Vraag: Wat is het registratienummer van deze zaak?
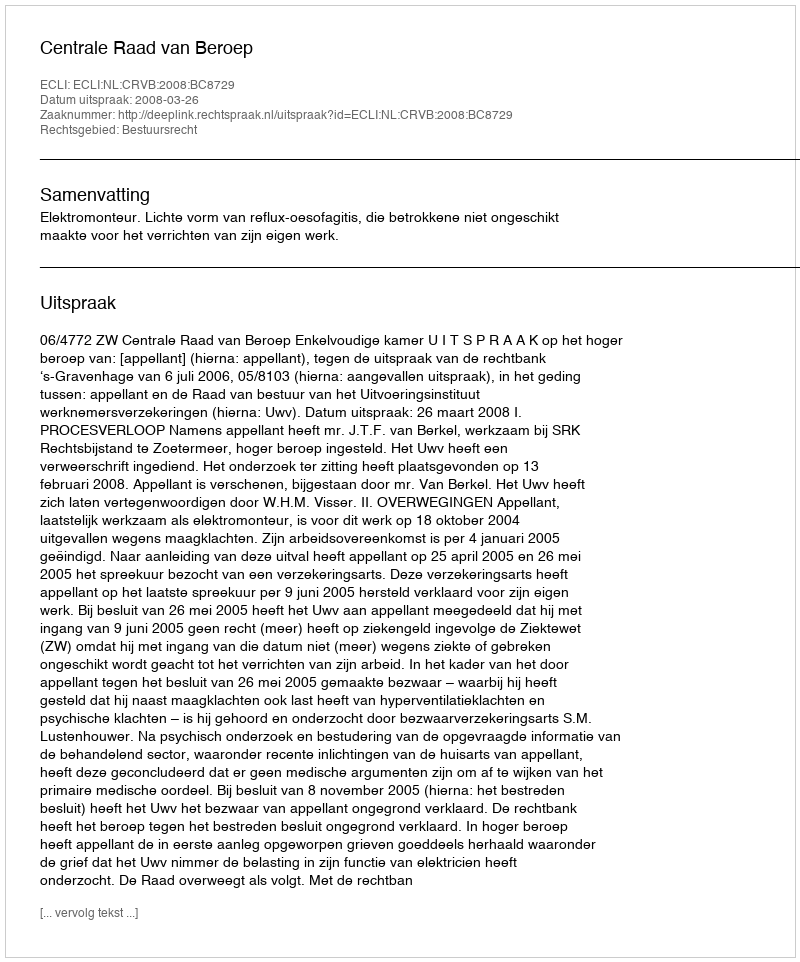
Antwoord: http://deeplink.rechtspraak.nl/uitspraak?id=ECLI:NL:CRVB:2008:BC8729